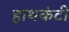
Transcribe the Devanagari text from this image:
हाथकंटी